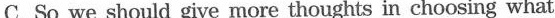
C.So we should give more thoughts in choosing what